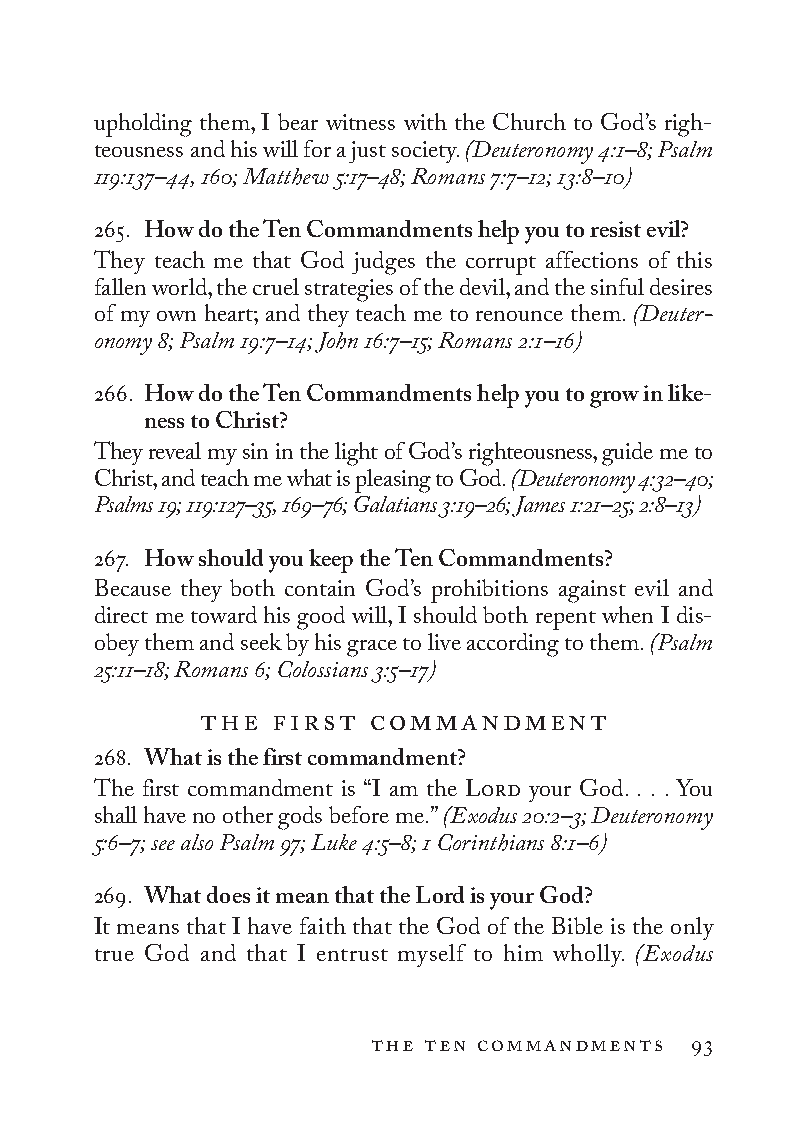
upholding them, I bear witness with the Church to God’s righ-
 teousness and his will for a just society. (Deuteronomy 4:1–8; Psalm
 119:137–44, 160; Matthew 5:17–48; Romans 7:7–12; 13:8–10)
 265. How do the Ten Commandments help you to resist evil?
 They teach me that God judges the corrupt affections of this
 fallen world, the cruel strategies of the devil, and the sinful desires
 of my own heart; and they teach me to renounce them. (Deuter­
 onomy 8; Psalm 19:7–14; John 16:7–15; Romans 2:1–16)
 266. How do the Ten Commandments help you to grow in like-
 ness to Christ?
 They reveal my sin in the light of God’s righteousness, guide me to
 Christ, and teach me what is pleasing to God. (Deuteronomy 4:32–40;
 Psalms 19; 119:127–35, 169–76; Galatians 3:19–26; James 1:21–25; 2:8–13)
 267. How should you keep the Ten Commandments?
 Because they both contain God’s prohibitions against evil and
 direct me toward his good will, I should both repent when I dis-
 obey them and seek by his grace to live according to them. (Psalm
 25:11–18; Romans 6; Colossians 3:5–17)
 the first  commandment
 268. What is the first commandment?
 The first commandment is “I am the Lord your God. . . . You
 shall have no other gods before me.” (Exodus 20:2–3; Deuteronomy
 5:6–7; see also Psalm 97; Luke 4:5–8; 1 Co rin thi ans 8:1–6)
 269. What does it mean that the Lord is your God?
 It means that I have faith that the God of the Bible is the only
 true God and that I entrust myself to him wholly. (Exodus
 the ten commandments 93
 To be a Christian.566776.int.indd 93        11/13/19 1:31 PM